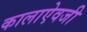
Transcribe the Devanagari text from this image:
कालाऐवजी